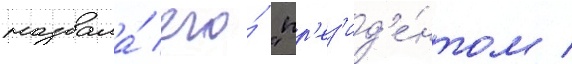
назвала́ его́ "пр'ез'ид'е́нтом /